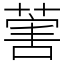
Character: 𦵯